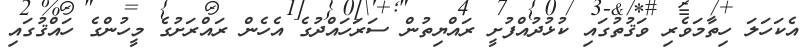
އެކަހަލަ ހިތާމަވެރި ވަޤުތުގައި ކުޅުދުއްފުށީ ރައްޔިތުން ސަރަހައްދުގެ އެހެން ރައްރަށުގެ މީހުންގެ ހައްޤުގައި